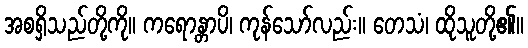
အစရှိသည်တို့ကို။ ကရောန္တာပိ၊ ကုန်သော်လည်း။ တေသံ၊ ထိုသူတို့၏။